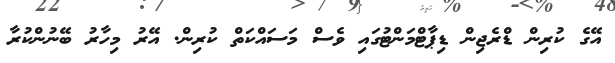
އޭގެ ކުރިން ޑްރެޖިން ޑިޕާޓްމަންޓުގައި ވެސް މަސައްކަތް ކުރިން. އޭރު މިހާރު ބޭނުންކުރާ